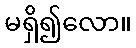
မရှိ၍လော။